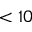
< 1 0